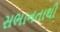
સભાનતાથી